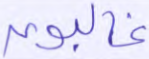
غالبون